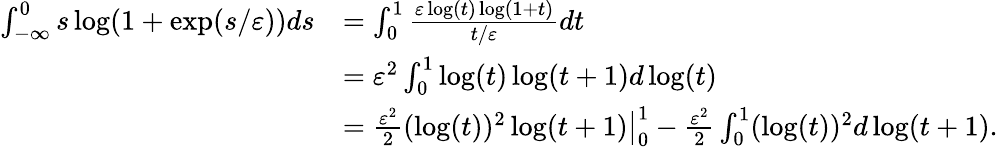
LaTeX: \begin{array}{rl}{\int_{-\infty}^{0}s\log(1+\exp(s/\varepsilon))ds}&{=\int_{0}^{1}\frac{\varepsilon\log(t)\log(1+t)}{t/\varepsilon}dt}\\ &{=\varepsilon^{2}\int_{0}^{1}\log(t)\log(t+1)d\log(t)}\\ &{=\frac{\varepsilon^{2}}{2}\left.(\log(t))^{2}\log(t+1)\right|_{0}^{1}-\frac{\varepsilon^{2}}{2}\int_{0}^{1}(\log(t))^{2}d\log(t+1).}\end{array}